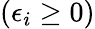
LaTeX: \left(\epsilon_{i}\ge 0\right)